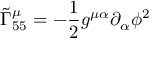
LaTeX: { \widetilde { \Gamma } } _ { 5 5 } ^ { \mu } = - { \frac { 1 } { 2 } } g ^ { \mu \alpha } \partial _ { \alpha } \phi ^ { 2 }